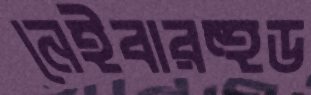
নেইবারহুড